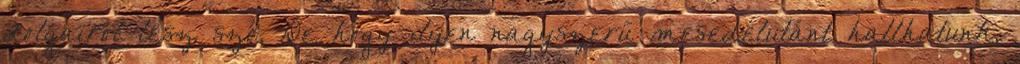
dolgairól lesz szó. De hogy ilyen nagyszerű mesedélutánt hallhatunk,